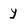
Character: y